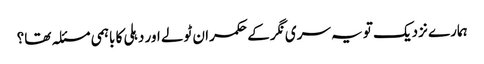
ہمارے نزدیک تو یہ سری نگر کے حکمران ٹولے اور دہلی کا باہمی مسئلہ تھا؟